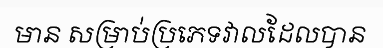
មាន សម្រាប់ប្រភេទវាលដែលបាន